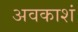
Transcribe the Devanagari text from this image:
अवकाशं